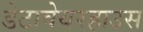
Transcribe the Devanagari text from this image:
डेटावेयरहाउस